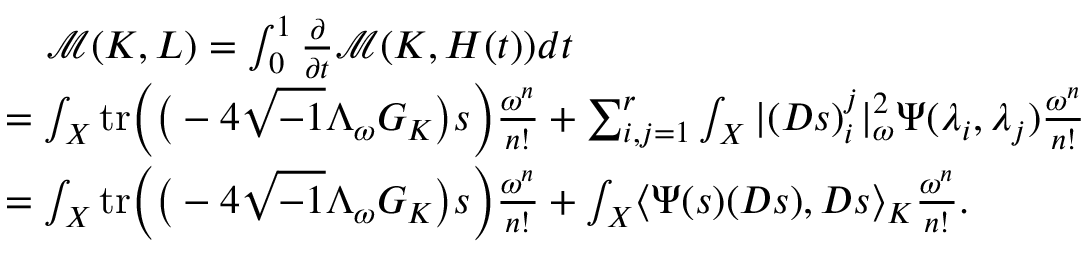
\begin{array} { r l } & { \quad \mathcal { M } ( K , L ) = \int _ { 0 } ^ { 1 } \frac { \partial } { \partial t } \mathcal { M } ( K , H ( t ) ) d t } \\ & { = \int _ { X } \mathrm { t r } \bigg ( \big ( - 4 \sqrt { - 1 } \Lambda _ { \omega } G _ { K } \big ) s \bigg ) \frac { \omega ^ { n } } { n ! } + \sum _ { i , j = 1 } ^ { r } \int _ { X } | ( D s ) _ { i } ^ { j } | _ { \omega } ^ { 2 } \Psi ( \lambda _ { i } , \lambda _ { j } ) \frac { \omega ^ { n } } { n ! } } \\ & { = \int _ { X } \mathrm { t r } \bigg ( \big ( - 4 \sqrt { - 1 } \Lambda _ { \omega } G _ { K } \big ) s \bigg ) \frac { \omega ^ { n } } { n ! } + \int _ { X } \langle \Psi ( s ) ( D s ) , D s \rangle _ { K } \frac { \omega ^ { n } } { n ! } . } \end{array}